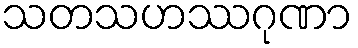
သတသဟဿဂုဏာ